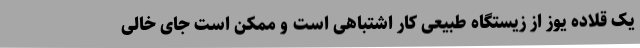
یک قلاده یوز از زیستگاه طبیعی کار اشتباهی است و ممکن است جای خالی